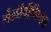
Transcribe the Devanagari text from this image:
मैलीपीगियन